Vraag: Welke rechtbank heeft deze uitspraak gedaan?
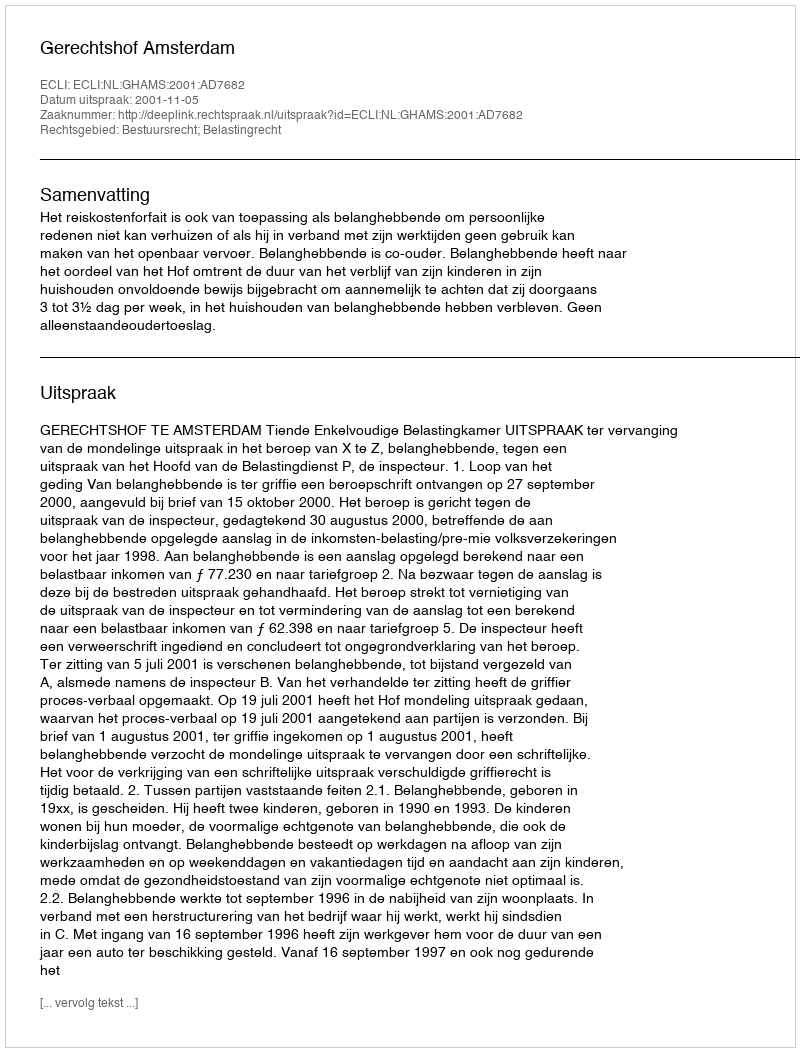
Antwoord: Gerechtshof Amsterdam